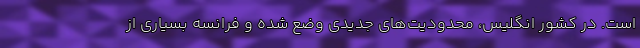
است. در کشور انگلیس، محدودیت‌های جدیدی وضع شده و فرانسه بسیاری از